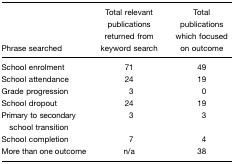
| Phrase searched | Total relevant publications returned from keyword search | Total publications which focused on outcome |
 | --- | --- | --- |
 | School enrolment | 71 | 49 |
 | School attendance | 24 | 19 |
 | Grade progression | 3 | 0 |
 | School dropout | 24 | 19 |
 | Primary to secondary school transition | 3 | 3 |
 | School completion | 7 | 4 |
 | More than one outcome | n/a | 38 |